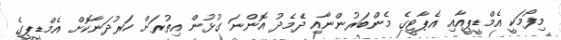
މިފޯމަކީ އެމްޑީޕީއާއި އެޕާޓީގެ މެންބަރުންނާއި ދެމެދު އޮންނަ ގުޅުން އިތުރަށް ހަރުދަނާކޮށް އެމްޑީޕީގެ